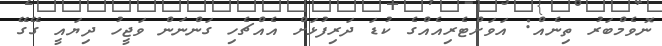
ނޮވެމްބަރު ތިނެއް: އަވަށްޓެރިއެއްގެ ކުޑަ ދަރިފުޅަށް އެއްޗެެހި ގަންނަން ވަޖީހު ދިޔައީ ގޭގޭ